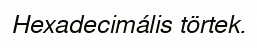
Hexadecimális törtek.